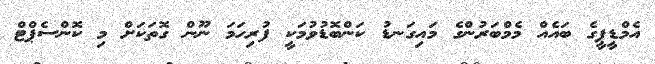
އެމްޑީޕީގެ ބައެއް މެމްބަރުންގެ މައިގަނޑު ކަންބޮޑުވުމަކީ ފުރިހަމަ ނޫން ގޮތަކަށް މި ކޮންސެޕްޓް